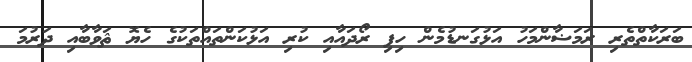
ބަރަކާތްތެރި ރަމަޟާންމަހު އަޅުގަނޑުމެން ހިފި ރޯދައާއި ކުރި އަޅުކަންތައްތަކުގެ ހެޔޮ ޘަވާބާއި ދަރުމަ